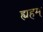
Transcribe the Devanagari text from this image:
ह्यहम्